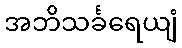
အဘိသင်္ခရေယျံ